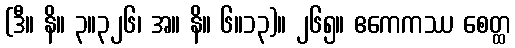
(ဒီ။ နိ။ ၃။၃၂၆၊ အ။ နိ။ ၆။၁၃)။ ၂၆၅။ ဧကေကဿ စေတ္ထ